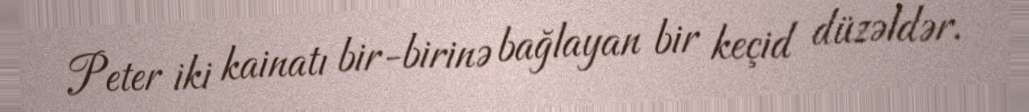
Peter iki kainatı bir-birinə bağlayan bir keçid düzəldər.